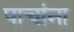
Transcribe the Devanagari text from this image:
पाचांना